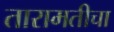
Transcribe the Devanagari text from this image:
तारामतीचा